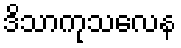
ဒိသာကုသလေန